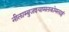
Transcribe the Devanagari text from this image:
नीलाम्बुजश्यामलकोमलाङ्गं